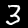
Digit: 3